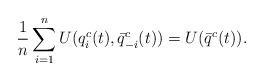
LaTeX: \begin{align*}\frac{1}{n}\sum_{i=1}^n U(q^c_i(t),\bar q^c_{-i}(t)) = U(\bar q^c(t)).\end{align*}